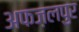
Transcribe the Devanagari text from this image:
अफज़लपुर